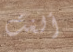
ألغت